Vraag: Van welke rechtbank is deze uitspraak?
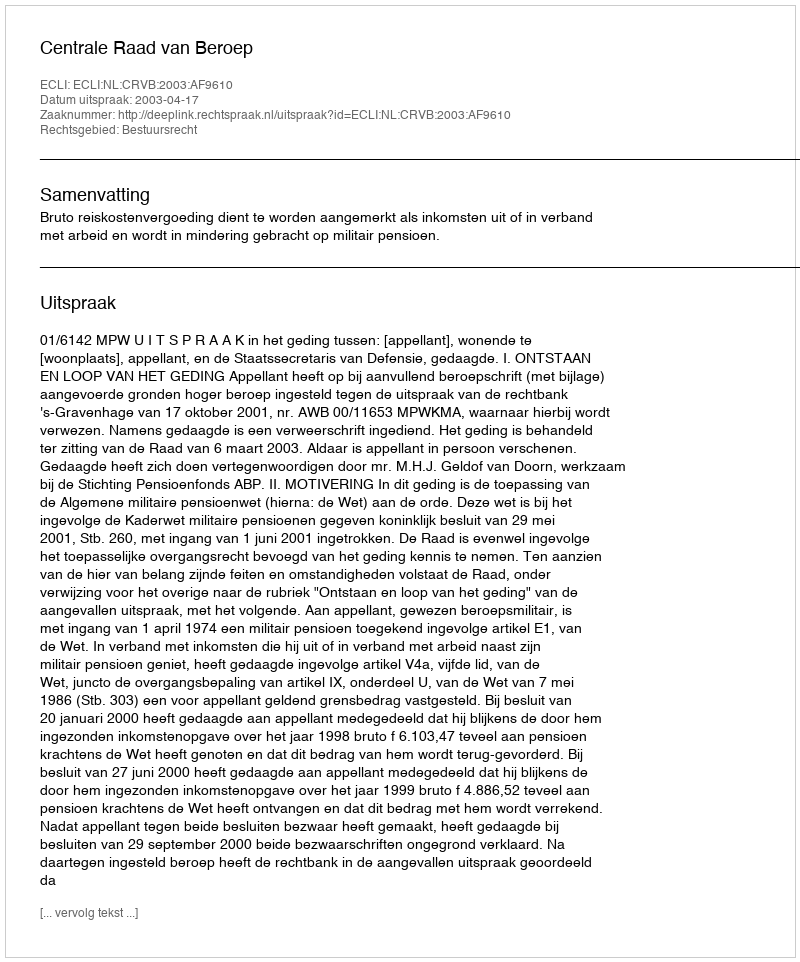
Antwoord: Centrale Raad van Beroep